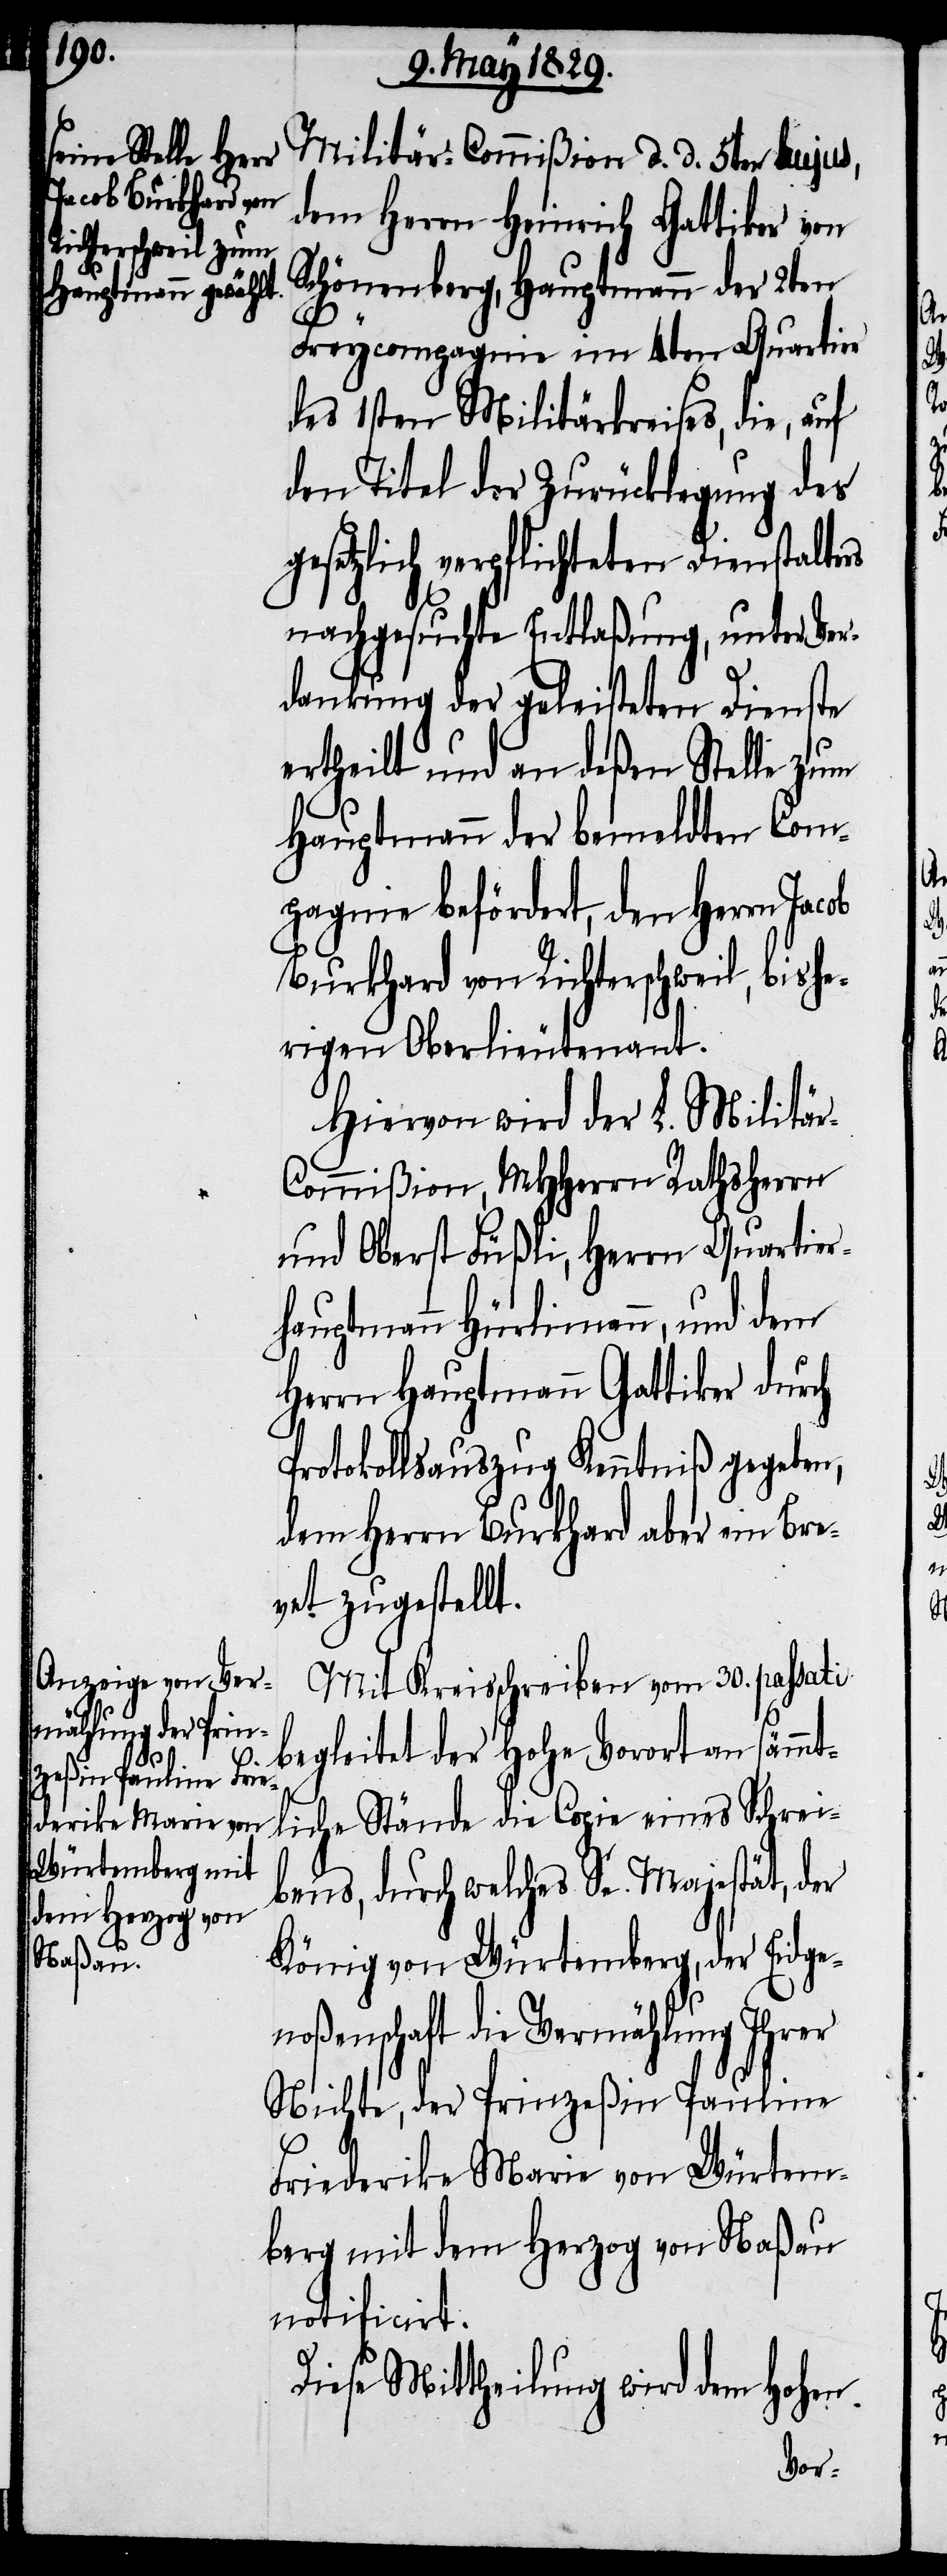
Militär-Commißion d. d. 5ten hujus,
dem Herrn Heinrich Gattiker von
Schönenberg, Hauptmann der 2ten
Freycompagnie im 4ten Quartier
des 1sten Militärkreises, die, auf
den Titel der Zurücklegung des
gesetzliche verpflichteten Dienstalters
nachgesuchte Entlaßung, unter Ver¬
dankung der geleisteten Dienste
ertheilt und an deßen Stelle zum
Hauptmann der bemeldten Com¬
pagnie befördert, den Herrn
Burkhard von Richterschweil, bishe¬
rigen Oberlieutenant.
Hiervon wird der L. Militä¬
r-Commißion, MHHerrn Rathsherrn
und Oberst Füßli, Herrn Quartier¬
hauptmann Hürlimann, und dem
Herrn Hauptmann Gattiker durch
Protokollsauszug Kenntniß gegeben,
dem Herrn Burkhard aber ein Bre¬
vet zugestellt.
Mit Kreisschreiben vom 30. passati
begleitet der Hohe Vorort an sämmt¬
liche Stände die Copie eines Schrei¬
bens, durch welches Sn. Majestät, der
König von Würtemberg, der Eidge¬
noßenschaft die Vermählung Ihrer
Nichte, der Prinzeßin Pauline
Friederike Marie von Würtem¬
berg mit dem Herzog von Naßau
notificirt.
Diese Mittheilung wird dem Hohen